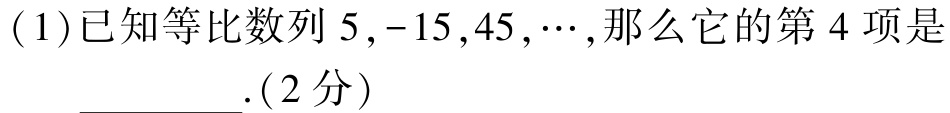
(1)已知等比数列\(5,-15,45,\cdots\),那么它的第\(4\)项是__________.(2分)